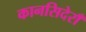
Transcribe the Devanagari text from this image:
कानसिदेराँ